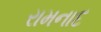
રામનાદ